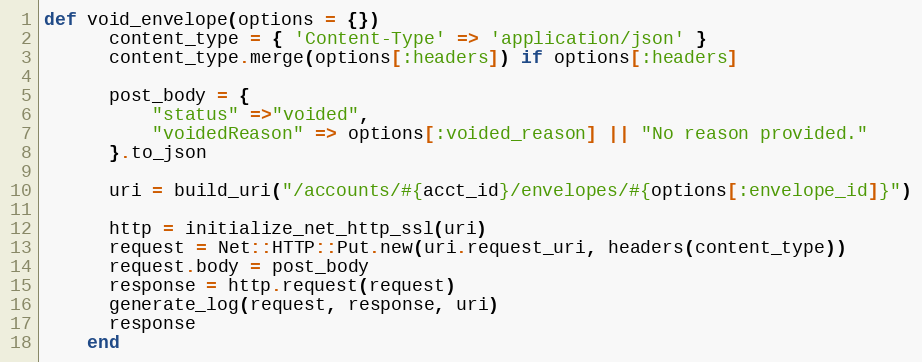
Language: Ruby
def void_envelope(options = {})
      content_type = { 'Content-Type' => 'application/json' }
      content_type.merge(options[:headers]) if options[:headers]

      post_body = {
          "status" =>"voided",
          "voidedReason" => options[:voided_reason] || "No reason provided."
      }.to_json

      uri = build_uri("/accounts/#{acct_id}/envelopes/#{options[:envelope_id]}")

      http = initialize_net_http_ssl(uri)
      request = Net::HTTP::Put.new(uri.request_uri, headers(content_type))
      request.body = post_body
      response = http.request(request)
      generate_log(request, response, uri)
      response
    end